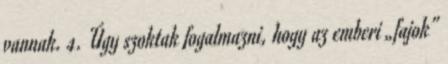
vannak. 4. Úgy szoktak fogalmazni, hogy az emberi „fajok”